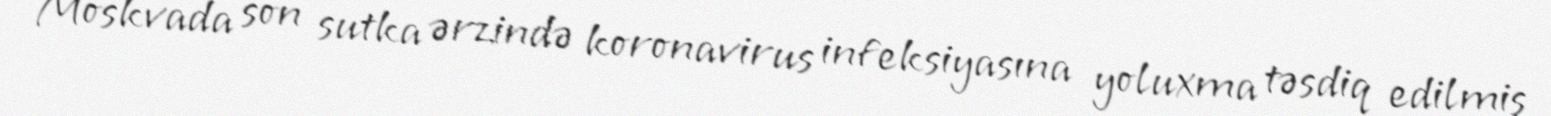
Moskvada son sutka ərzində koronavirus infeksiyasına yoluxma təsdiq edilmiş